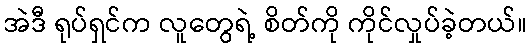
အဲဒီ ရုပ်ရှင်က လူတွေရဲ့ စိတ်ကို ကိုင်လှုပ်ခဲ့တယ်။